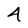
Character: 4